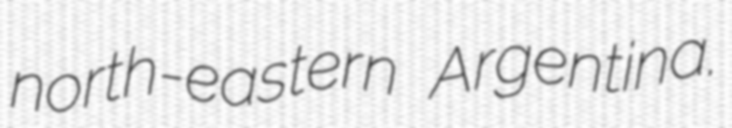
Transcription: north-eastern Argentina.